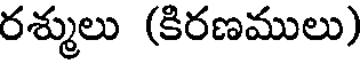
రశ్ములు (కిరణములు)